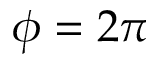
\phi = 2 \pi